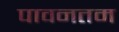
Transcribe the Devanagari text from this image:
पावनतम